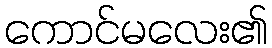
ကောင်မလေး၏